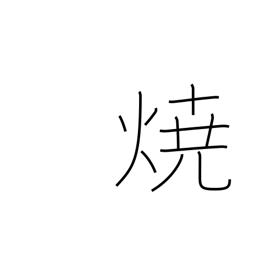
Meaning: burning